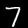
Digit: 7